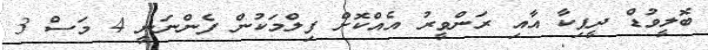
ބޮލީވުޑް ދީޕިކާ އާއި ރަންވީރު އެއްކޮށް ފިލްމަކުން ފެންނަނީ 4 މަސް 3